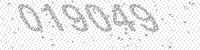
Solution: 019049